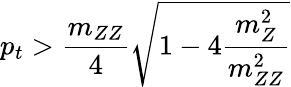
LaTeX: p_{t}>\frac{m_{ZZ}}{4}\sqrt{1-4\frac{m_{Z}^{2}}{m_{ZZ}^{2}}}